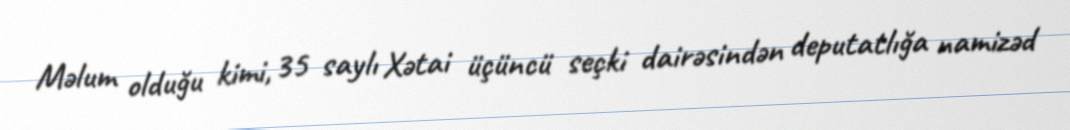
Məlum olduğu kimi, 35 saylı Xətai üçüncü seçki dairəsindən deputatlığa namizəd